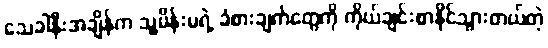
သေခါနီးအချိန်က သူ့မိန်းမရဲ့ ခံစားချက်တွေကို ကိုယ်ချင်းစာနိုင်သွားတယ်တဲ့